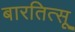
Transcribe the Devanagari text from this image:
बारतित्सू